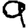
Digit: 9